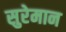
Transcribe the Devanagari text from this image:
सुरेमान